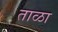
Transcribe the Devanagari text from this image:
ताळा